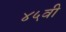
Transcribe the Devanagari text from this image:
४५वी